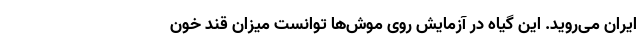
ایران می‌روید. این گیاه در آزمایش روی موش‌ها توانست میزان قند خون